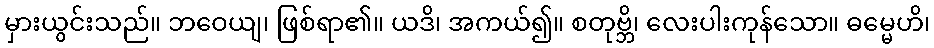
မှားယွင်းသည်။ ဘဝေယျ၊ ဖြစ်ရာ၏။ ယဒိ၊ အကယ်၍။ စတုဗ္ဘိ၊ လေးပါးကုန်သော။ ဓမ္မေဟိ၊